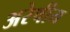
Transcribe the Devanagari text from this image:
अरेषीय